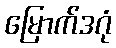
မြောက်ဒဂုံ